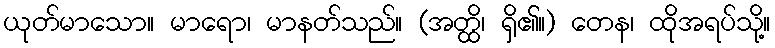
ယုတ်မာသော။ မာရော၊ မာနတ်သည်။ (အတ္ထိ၊ ရှိ၏။) တေန၊ ထိုအရပ်သို့။